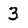
Character: 3